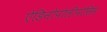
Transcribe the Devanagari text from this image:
ऐडिनोपोलीपोसिस